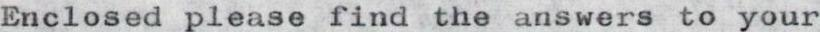
Enclosed please find the answers to your